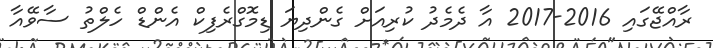
ރާއްޖޭގައި 2016-2017 އާ ދެމެދު ކުރިއަށް ގެންދިޔަ ޑިމޮގްރެފިކް އެންޑް ހެލްތު ސާވޭއާ